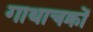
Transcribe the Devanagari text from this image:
गाथाचक्रों